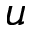
u